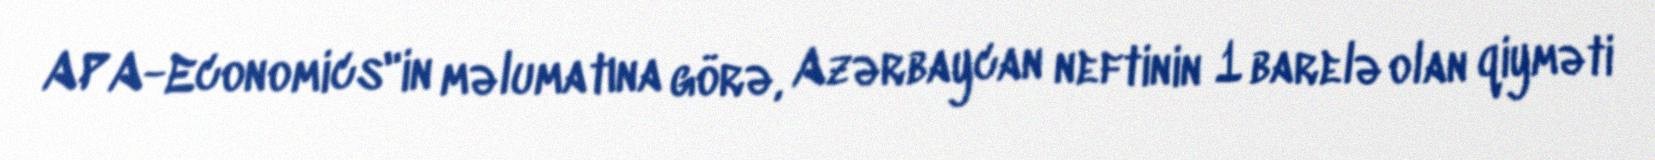
APA-Economics"in məlumatına görə, Azərbaycan neftinin 1 barelə olan qiyməti